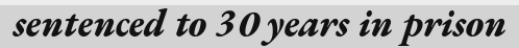
sentenced to 30 years in prison